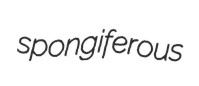
spongiferous